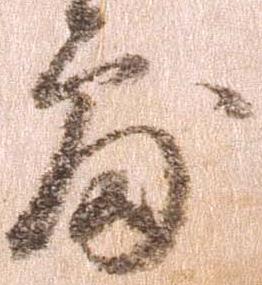
処